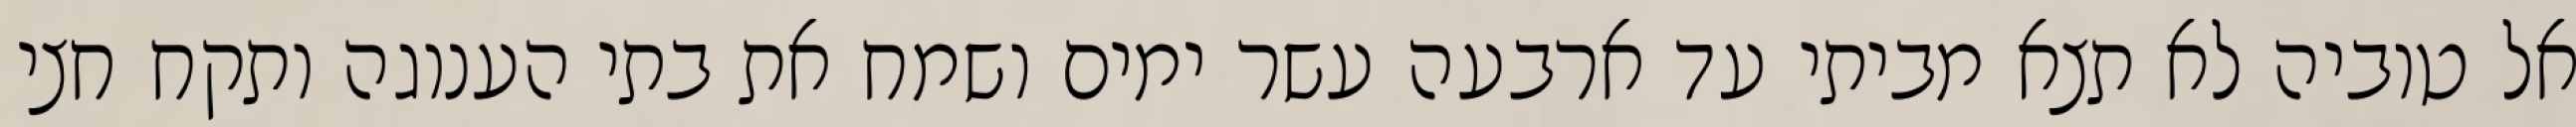
אל טוביה לא תצא מביתי עד ארבעה עשר ימים ושמח את בתי הענוגה ותקח חצי